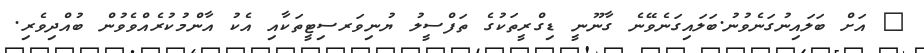
@ އަށް ބަލައިނުގަނެވުނު.ބަލައިގަނެވޭނެ ގާނޫނީ ޑިގްރީތަކުގެ ތަފްސީލު ޔުނިވަރސިޓީތަކާއި އެކު އާންމުކުރެއްވެވުން ބުއްދިވެރި.